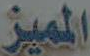
المميز